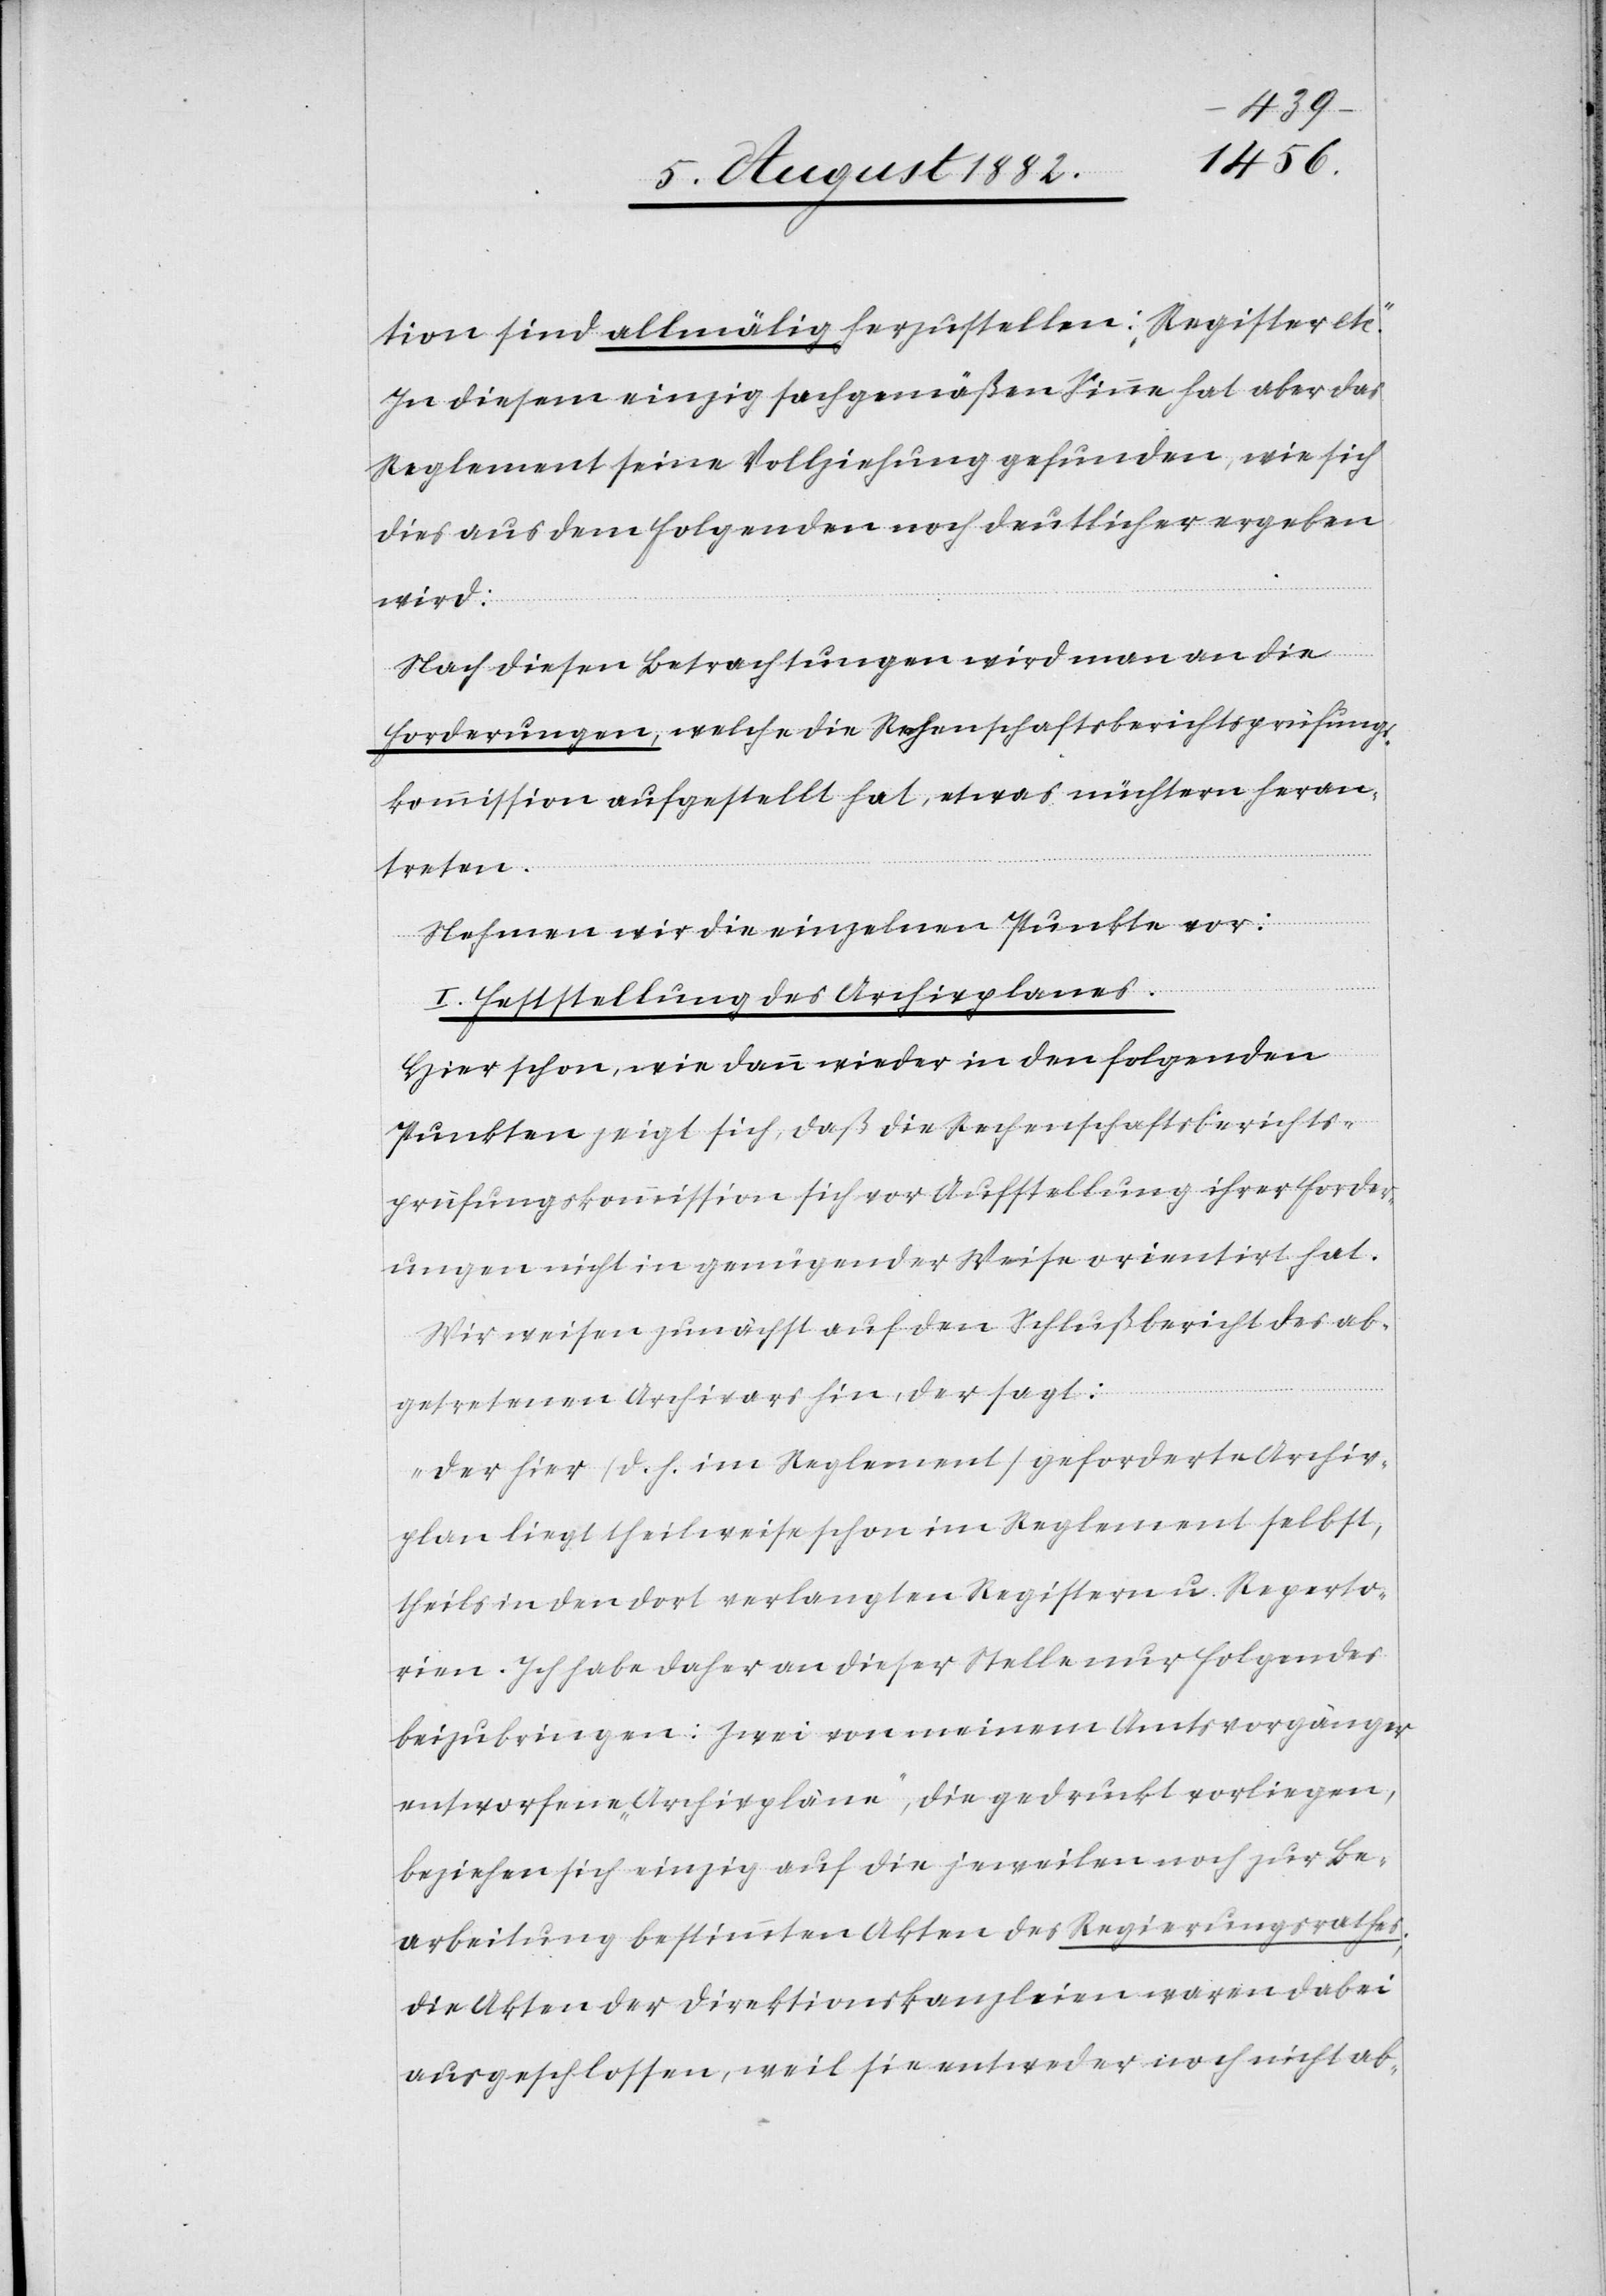
tion sind allmälig herzustellen: Register etc.“
In diesem einzig sachgemäßen Sinne hat aber das
Reglement seine Vollziehung gefunden, wie sich
dies aus dem folgenden noch deutlich ergeben
wird.
Nach diesen Betrachtungen wird man an die
Forderungen, welche die Rechenschaftsberichtsprüfungs¬
kommission aufgestellt hat, etwas nüchtern heran¬
treten.
Nehmen wir die einzelnen Punkte vor:
I. Feststellung des Archivplanes.
Hier schon, wie dann wieder in den folgenden
Punkten zeigt sich, daß die Rechenschaftsberichts¬
prüfungskommission sich vor Aufstellung ihrer Forder¬
ungen nicht in genügender Weise orientirt hat.
Wir weisen zunächst auf den Schlußbericht des ab¬
getretenen Archivars hin, der sagt:
„Der hier (d. h. im Reglement) geforderte Archiv¬
plan liegt theilweise schon im Reglement selbst,
theils in den dort verlangten Registern u. Reperto¬
rien. Ich habe daher an dieser Stelle nur folgendes
beizubringen: Zwei von meinem Amtsvorgänger
entworfene „Archivpläne“, die gedruckt vorliegen,
beziehen sich einzig auf die jeweilen noch zur Be¬
arbeitung bestimmten Akten des Regierungsrathes;
die Akten der Direktionskanzleien waren dabei
ausgeschlossen, weil sie entweder noch nicht ab-